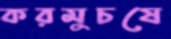
করমুচষে